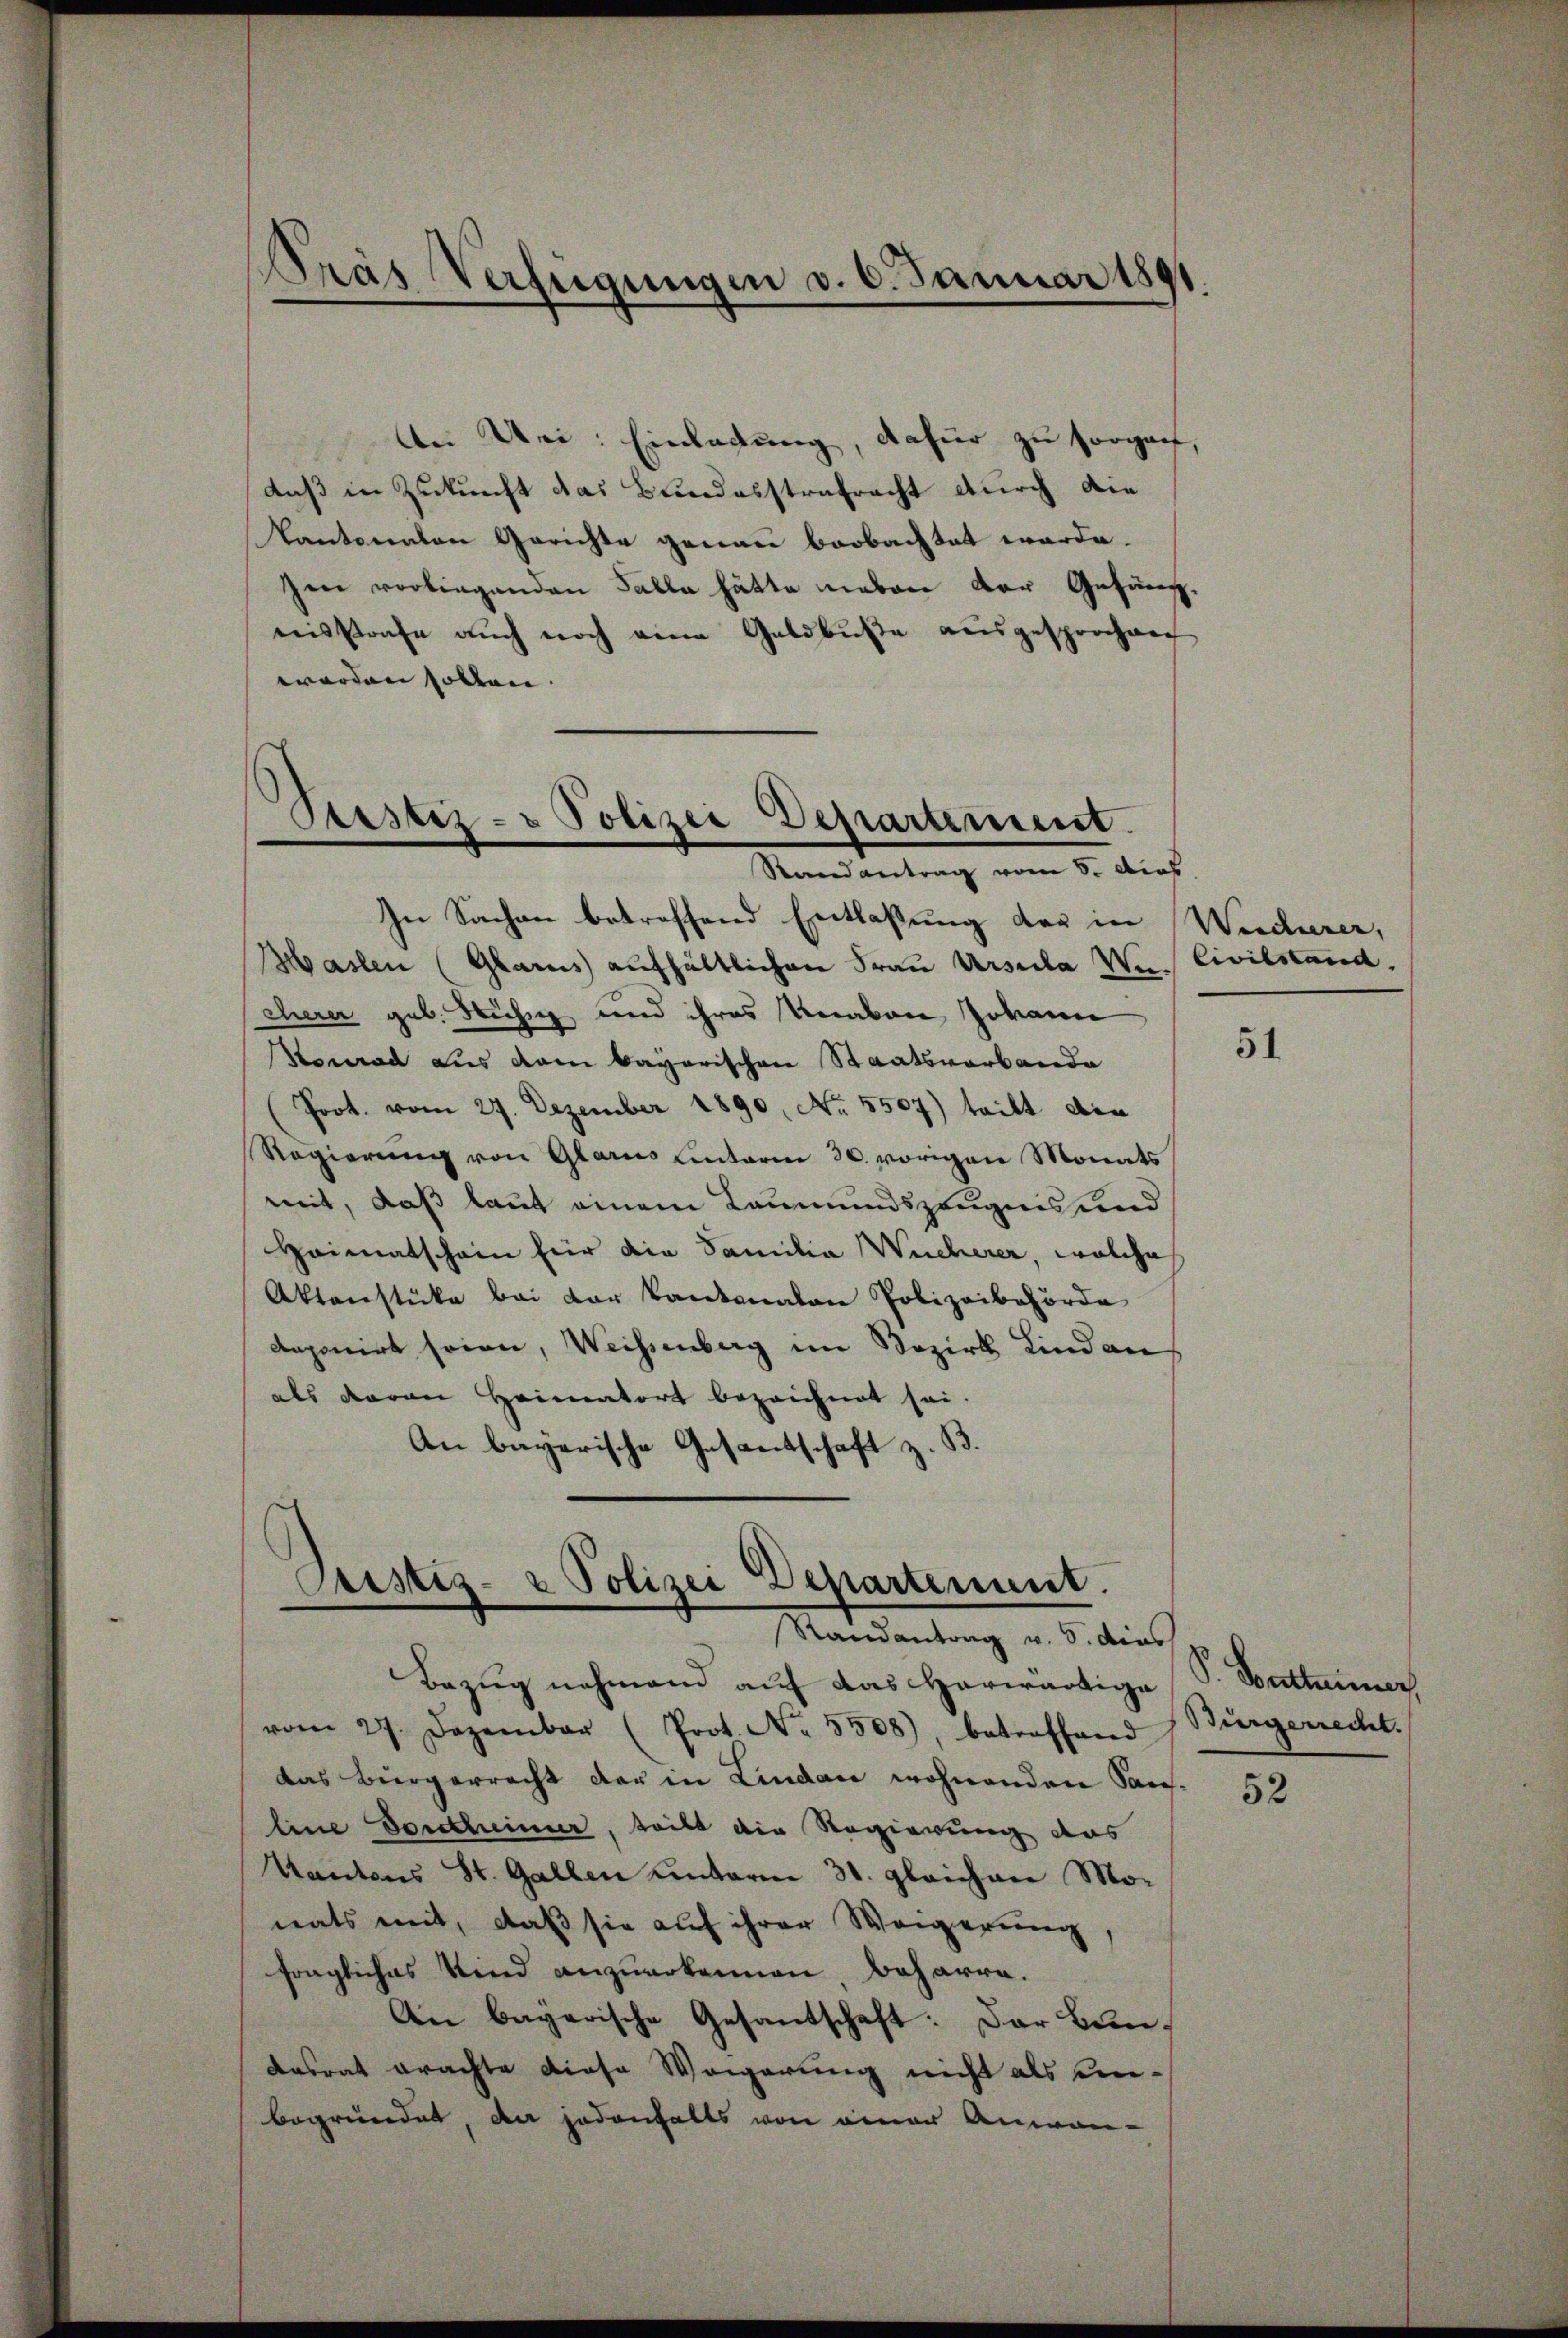
Pras Verfügungen v. 6. Januar 1891.

An Uri: Einladung, dafür zu sorgen,
daß in Zukunft das Bundesstrafracht durch die
Kantonalen Gerichte genau beobachtet werde.
sen vorliegenden Falle hätte neben der Gesung.
ensstrafe aŭch noch eine Geldbŭβe aŭsgesprochen
worden sollen. |

Ptestiz- & Polizei Departement
Randantrag vom 8. Das

In Sachen betreffend Entlaßung der in
Haslen (Glarus aufhältlichen Frau Ursula Von Civilstand.
cherer geb. Ruhe und ihres Knaben Johann
Konrad aus dem Bayerischen Staatsverbande
(Poot. vom 27. Dezember 1890, No. 5507) teilt die
Regierung von Glarus hinterm 30. vorigen Monats
mit, daß laut einem Leumundszeugnis und
Heimatschein für die Familia Wucherer, welche
Aktenstücke bei der kantonalen Polizeibehörde
deponirt seine, Weissenberg im Bezirk Lindau
als daran Heimatort bezeichnet sei.
An bayerische Gesantschaft z. B.

Custiz- & Polizei Departement.
Randantrag v. 5. dies

Bezug nehmend auf das Herwärtige
vom 27. Dezember (Prot. Nr. 5508), betroffend Bürgerrecht.
das Bürgerrecht der in Lindau wohnenden Sar¬
Eine Dontheimer, teilt die Regierung des
Kantons St. Gallen unterm 31. gleichen Mo-
nats mit, daß sie auf ihrer Weigerung,
fragliches Kind anzurokennen Beharre.
An bayerische Gesandschaft: Der Bun¬
Dasrat erachte diese Weigerung nicht als unbegründet, da jedenfalls von einer Anwen¬

Weicherer,

51

52

S. Battener